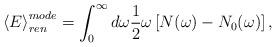
LaTeX: \begin{align*}\left<E\right>_{ren}^{mode}=\int_0^{\infty}d\omega \frac1{2}\omega \left[N(\omega)-N_0(\omega)\right],\end{align*}